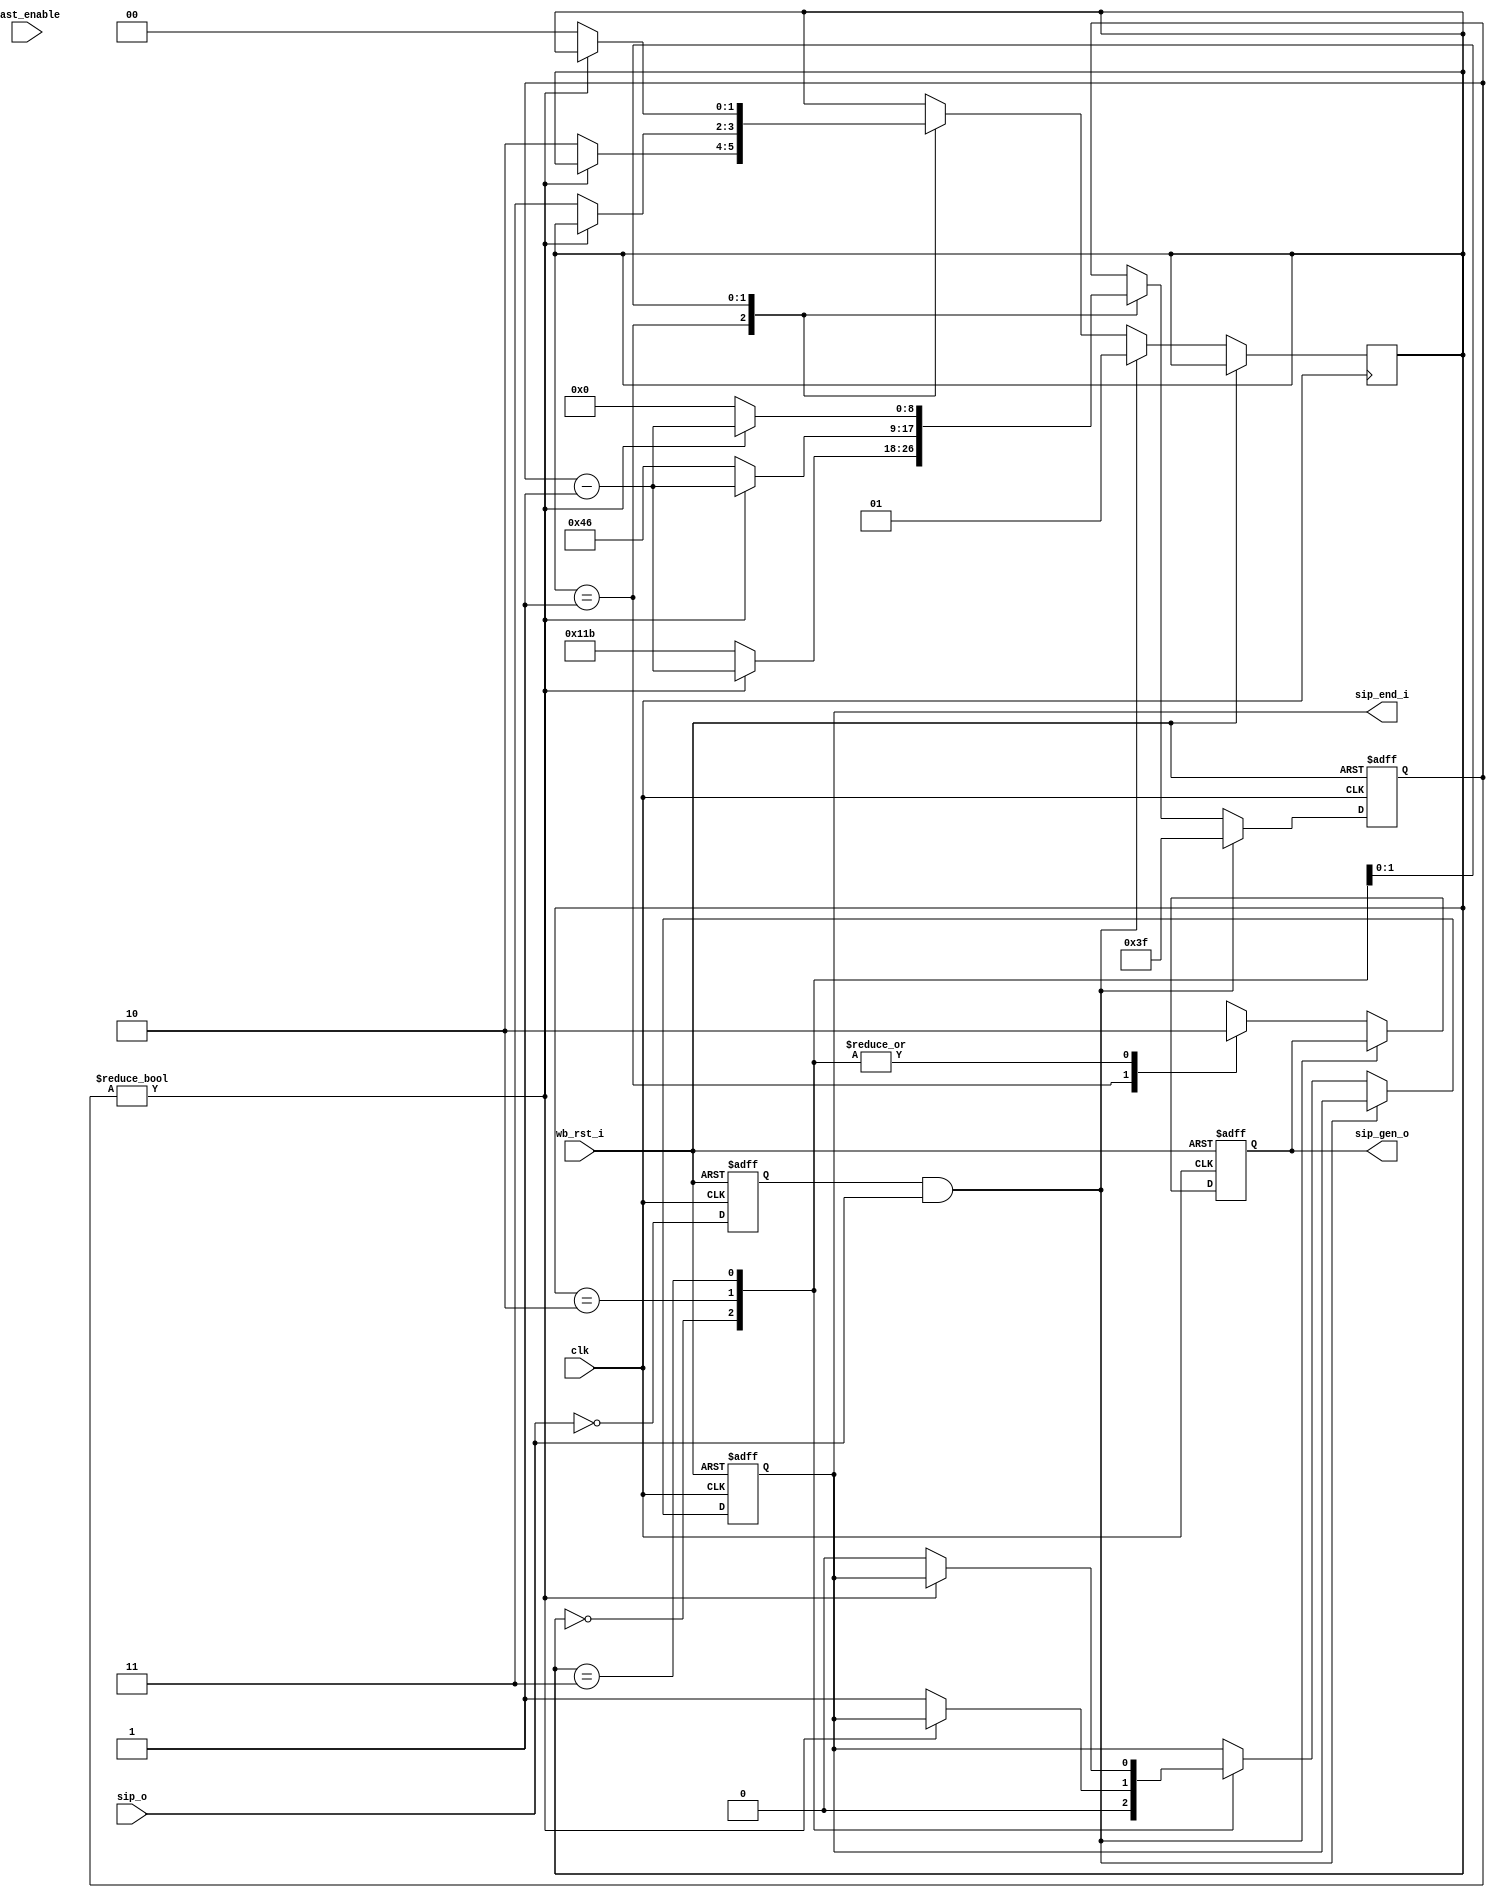
module irda_sip_gen (clk, wb_rst_i, fast_enable, sip_o, sip_end_i, sip_gen_o);

input		clk;
input		wb_rst_i;
input		fast_enable;
input		sip_o;		// sip request
output	sip_end_i;	// end of sip generation signal
output	sip_gen_o;  // the SIP signal output

reg		sip_end_i;
reg		sip_gen_o;

reg	[8:0] sip_counter;
reg			sip_delay;

wire	sip_req; // request for SIP after rise detection

// rise detection for sip_o input
always @(posedge clk or posedge wb_rst_i)
begin
	if (wb_rst_i)
		sip_delay <= #1 0;
	else
		sip_delay <= #1 ~sip_o;
end

assign sip_req = sip_delay & sip_o;

reg	[1:0]	state;

parameter st_idle=0, st_high=1, st_low=2, st_send_end=3;

always @(posedge clk or posedge wb_rst_i)
begin
	if (wb_rst_i) begin
		sip_end_i 		<= #1 0;
		sip_counter 	<= #1 0;
		sip_gen_o 		<= #1 0;
	end else if (sip_req) begin
		state 			<= #1 st_high;
		sip_counter 	<= #1 63;
	end else
	case (state)
		st_idle :
			begin
				sip_end_i <= #1 0;
				sip_gen_o <= #1 0;
			end
		st_high :
			begin
				sip_gen_o <= #1 1;
				if (sip_counter != 0)
					sip_counter <= #1 sip_counter - 1;
				else begin
					state 			<= #1 st_low;
					sip_counter 	<= #1 283;
				end
			end
		st_low :
			begin
				sip_gen_o <= #1 0;
				if (sip_counter != 0)
					sip_counter <= #1 sip_counter - 1;
				else begin
					state 			<= #1 st_send_end;
					sip_end_i 		<= #1 1;
					sip_counter 	<= #1 70;
				end
			end
		st_send_end :
			begin
				sip_gen_o <= #1 0;
				if (sip_counter != 0)
					sip_counter <= #1 sip_counter - 1;
				else begin
					state 			<= #1 st_idle;
					sip_end_i 		<= #1 0;
					sip_counter 	<= #1 0;
				end
			end
		default :
			state <= #1 st_idle;
	endcase

end

endmodule